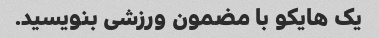
یک هایکو با مضمون ورزشی بنویسید.